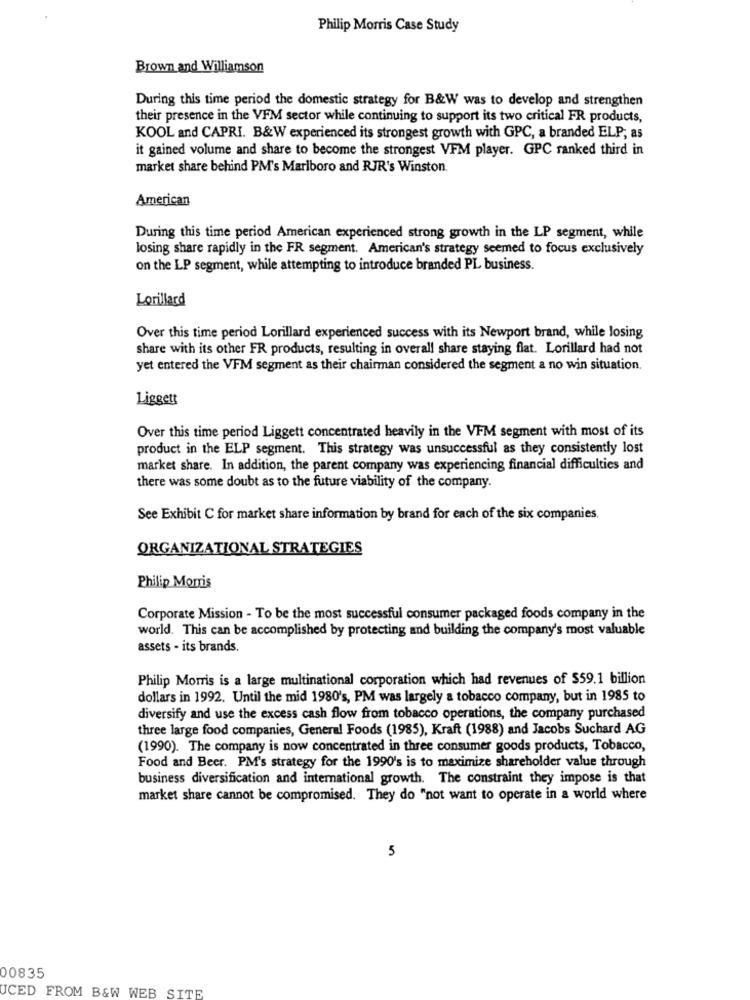
Philip Morris Case Study
Brown and Williamson
During this time period the domestic strategy for B&W was to develop and strengthen
their presence in the VFM sector while continuing to support its two critical FR products,
KOOL and CAPRI. B&W experienced its strongest growth with GPC, a branded ELP; as
it gained volume and share to become the strongest VFM player. GPC ranked third in
market share behind PM's Marlboro and RJR's Winston.
American
During this time period American experienced strong growth in the LP segment, while
losing share rapidly in the FR segment. American's strategy seemed to focus exclusively
on the LP segment, while attempting to introduce branded PL business.
Lorillard
Over this time period Lorillard experienced success with its Newport brand, while losing
share with its other FR products, resulting in overall share staying flat. Lorillard had not
yet entered the VFM segment as their chairman considered the segment a no win situation.
Liggett
Over this time period Liggett concentrated heavily in the VFM segment with most of its
product in the ELP segment. This strategy was unsuccessful as they consistently lost
market share. In addition, the parent company was experiencing financial difficulties and
there was some doubt as to the future viability of the company.
See Exhibit C for market share information by brand for each of the six companies.
ORGANIZATIONAL STRATEGIES
Philip Morris
Corporate Mission - To be the most successful consumer packaged foods company in the
world. This can be accomplished by protecting and building the company's most valuable
assets - its brands.
Philip Morris is a large multinational corporation which had revenues of $59.1 billion
dollars in 1992. Until the mid 1980's, PM was largely a tobacco company, but in 1985 to
diversify and use the excess cash flow from tobacco operations, the company purchased
three large food companies, General Foods (1985), Kraft (1988) and Jacobs Suchard AG
(1990). The company is now concentrated in three consumer goods products, Tobacco,
Food and Beer. PM's strategy for the 1990's is to maximize shareholder value through
business diversification and international growth. The constraint they impose is that
market share cannot be compromised. They do "not want to operate in a world where
5
00835
JCED FROM B&W WEB SITE